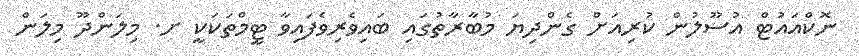
ނޮކްއައުޓް އުސޫލުން ކުރިއަށް ގެންދިޔަ މުބާރާތުގައި ބައިވެރިވެފައިވާ ޓީމްތަކަކީ ށ. މިލަންދޫ މިލަން